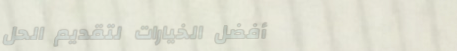
أفضل الخيارات لتقديم الحل